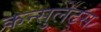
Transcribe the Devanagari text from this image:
कन्सुलेट्स